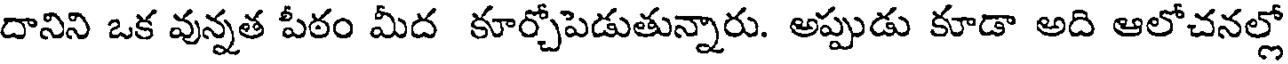
దానిని ఒక వున్నత పీఠం మీద కూర్చోపెడుతున్నారు. అప్పుడు కూడా అది ఆలోచనల్లో